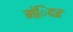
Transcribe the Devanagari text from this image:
मंिदर